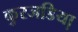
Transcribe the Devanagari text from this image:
कुरजडिया़